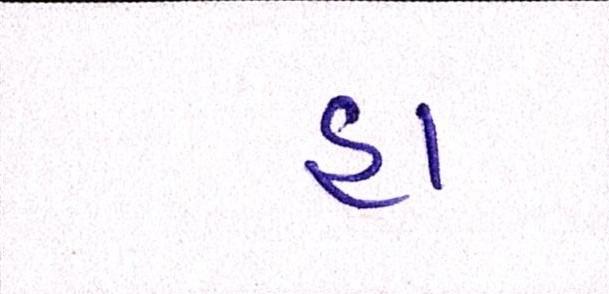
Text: હા